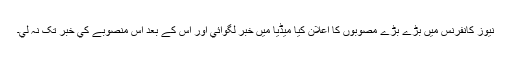
نيوز کانفرنس ميں بڑے بڑے مصوبوں کا اعلان کيا ميڈيا ميں خبر لگوائي اور اس کے بعد اس منصوبے کي خبر تک نہ لي۔